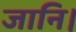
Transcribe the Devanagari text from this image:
जानि।